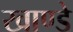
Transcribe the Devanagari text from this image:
खाण्डे